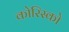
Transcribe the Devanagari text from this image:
कोरिस्को